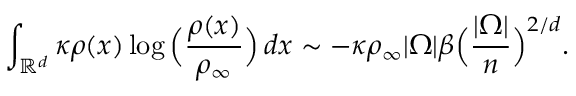
\int _ { \mathbb { R } ^ { d } } \kappa \rho ( x ) \log \Big ( \frac { \rho ( x ) } { \rho _ { \infty } } \Big ) \, d x \sim - \kappa \rho _ { \infty } | \Omega | \beta \Big ( \frac { | \Omega | } { n } \Big ) ^ { 2 / d } .